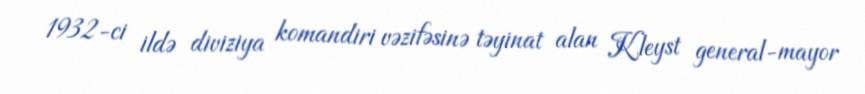
1932-ci ildə diviziya komandiri vəzifəsinə təyinat alan Kleyst general-mayor